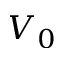
V _ { 0 }